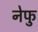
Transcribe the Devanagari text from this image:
नेफु